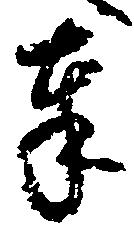
奉